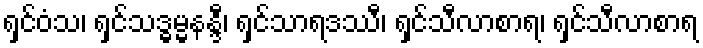
ရှင်ဝံသ၊ ရှင်သဒ္ဓမ္မနန္ဒီ၊ ရှင်သာရဒဿီ၊ ရှင်သီလာစာရ၊ ရှင်သီလာစာရ